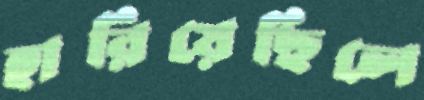
হারিয়েছিলে